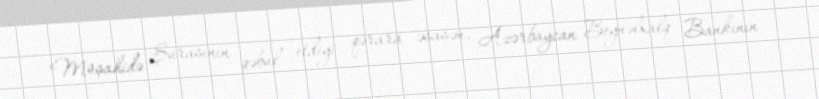
Müşahidə Şurasının qəbul etdiyi qərara əsasən, Azərbaycan Beynəlxalq Bankının